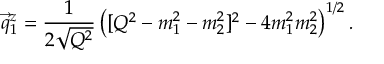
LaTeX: \vec { q } _ { 1 } ^ { z } = \frac { 1 } { 2 \sqrt { Q ^ { 2 } } } \left( [ Q ^ { 2 } - m _ { 1 } ^ { 2 } - m _ { 2 } ^ { 2 } ] ^ { 2 } - 4 m _ { 1 } ^ { 2 } m _ { 2 } ^ { 2 } \right) ^ { 1 / 2 } .